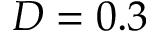
D = 0 . 3